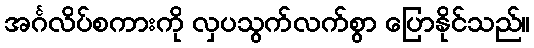
အင်္ဂလိပ်စကားကို လှပသွက်လက်စွာ ပြောနိုင်သည်။